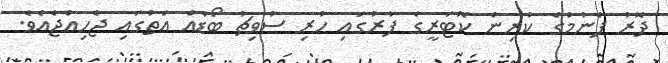
ދޮރު ފެނުމުގެ ކުރިން ކޮޓަރީގެ ފާރުގައި ހުރި ސުވިޗު ބޯޑެއް އަތުގައި ޖެހިއްޖެއެވެ.